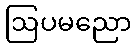
ဩပမညော